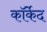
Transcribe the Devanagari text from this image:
कॉर्केद